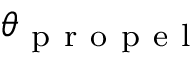
\theta _ { \mathrm { ~ p ~ r ~ o ~ p ~ e ~ l ~ } }